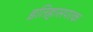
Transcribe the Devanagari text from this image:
इतिहासपरक